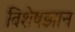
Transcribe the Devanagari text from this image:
विशेषज्ञान